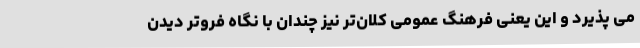
می پذیرد و این یعنی فرهنگ عمومی کلان‌تر نیز چندان با نگاه فروتر دیدن